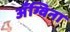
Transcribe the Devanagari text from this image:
अँग्विना